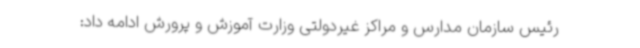
رئیس سازمان مدارس و مراکز غیردولتی وزارت آموزش و پرورش ادامه داد: